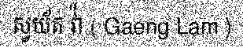
ស្វយ័ត វ៉ា ( Gaeng Lam )